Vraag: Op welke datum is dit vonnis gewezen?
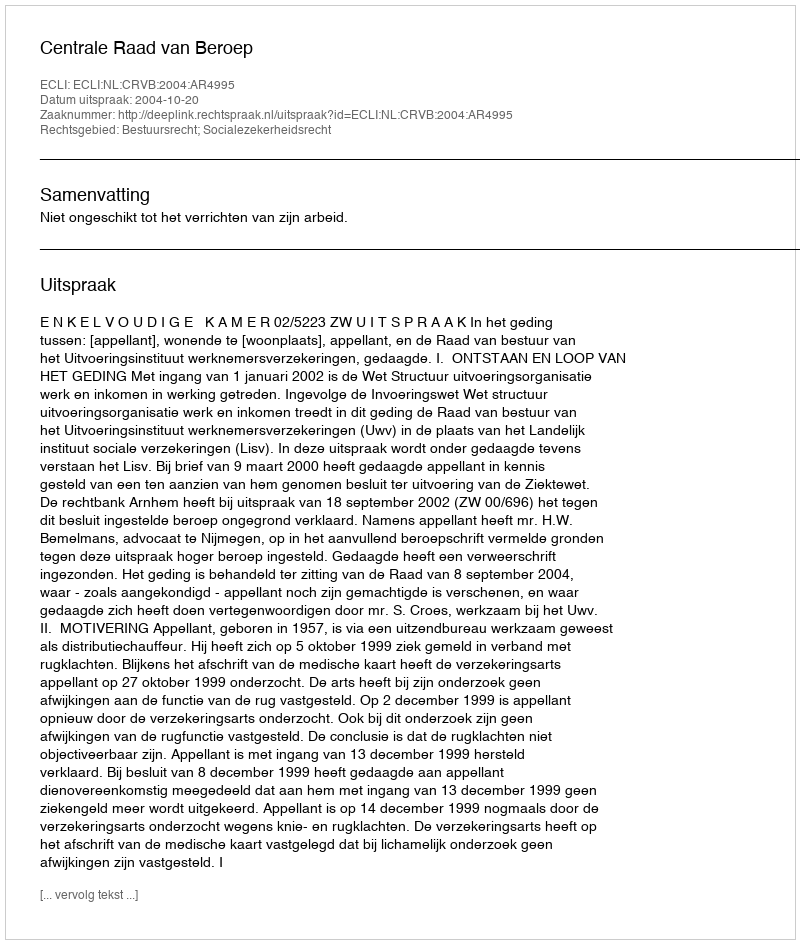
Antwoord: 2004-10-20